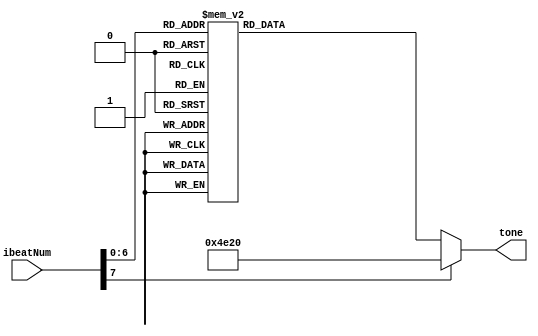
`define NM1 32'd466 //bB_freq
`define NM2 32'd523 //C_freq
`define NM3 32'd587 //D_freq
`define NM4 32'd622 //bE_freq
`define NM5 32'd698 //F_freq
`define NM6 32'd784 //G_freq
`define NM7 32'd880 //A_freq
`define NM0 32'd20000 //slience (over freq.)

`define _1 32'd261
`define _2 32'd293
`define _3 32'd329
`define _4 32'd370
`define _sharp4 32'd370
`define _natural4 32'd349
`define _5 32'd392
`define _6 32'd440
`define _7 32'd493
`define _0 32'd20000

module Music (
 input [7:0] ibeatNum, 
 output reg [31:0] tone
);

always @(*) begin
 case (ibeatNum)  // 1/4 beat
  8'd0 : tone = `_1 << 2; //3
  8'd1 : tone = `_7 << 1;
  8'd2 : tone = `_1 << 2;
  8'd3 : tone = `_7 << 1;
  8'd4 : tone = `_1 << 2; //1
  8'd5 : tone = `_1 << 2;
  8'd6 : tone = `_0;
  8'd7 : tone = `_0;
  
  8'd8 : tone = `_6; //2
  8'd9 : tone = `_4;
  8'd10 : tone = `_6;
  8'd11 : tone = `_4;
  8'd12 : tone = `_7; //6-
  8'd13 : tone = `_7;
  8'd14 : tone = `_1;
  8'd15 : tone = `_2; 
  8'd16 : tone = `_3;
  8'd17 : tone = `_3;
  8'd18 : tone = `_4;
  8'd19 : tone = `_4;
  8'd20 : tone = `_2;
  8'd21 : tone = `_2;
  8'd22 : tone = `_0;
  8'd23 : tone = `_0;

  8'd24 : tone = `_6;
  8'd25 : tone = `_4;
  8'd26 : tone = `_6;
  8'd27 : tone = `_4;
  8'd28 : tone = `_7;
  8'd29 : tone = `_7;
  8'd30 : tone = `_1 << 1;
  8'd31 : tone = `_2 << 1; 
  8'd32 : tone = `_3 << 1;
  8'd33 : tone = `_3 << 1;
  8'd34 : tone = `_3 << 1;
  8'd35 : tone = `_3 << 1;
  8'd36 : tone = `_4 << 1;
  8'd37 : tone = `_4 << 1;
  8'd38 : tone = `_0;
  8'd39 : tone = `_0;
  
  8'd40 : tone = `_5 << 1;
  8'd41 : tone = `_5 << 1;
  8'd42 : tone = `_4 << 1;
  8'd43 : tone = `_4 << 1;
  8'd44 : tone = `_natural4 << 1;
  8'd45 : tone = `_natural4 << 1;
  8'd46 : tone = `_3 << 1;
  8'd47 : tone = `_3 << 1;  
  8'd48 : tone = `_6;
  8'd49 : tone = `_sharp4;
  8'd50 : tone = `_6;
  8'd51 : tone = `_4;
  8'd52 : tone = `_7;
  8'd53 : tone = `_7;
  8'd54 : tone = `_1;
  8'd55 : tone = `_2;

  8'd56 : tone = `_3;
  8'd57 : tone = `_3;
  8'd58 : tone = `_4;
  8'd59 : tone = `_4;
  8'd60 : tone = `_2;
  8'd61 : tone = `_2;
  8'd62 : tone = `_0;
  8'd63 : tone = `_0;
  8'd64 : tone = `_0;
  8'd65 : tone = `_0;
  8'd66 : tone = `_0;
  8'd67 : tone = `_0;
  8'd68 : tone = `_0;
  8'd69 : tone = `_0;
  8'd70 : tone = `_0;
  8'd71 : tone = `_0;

  default : tone = `_0;
 endcase
end

endmodule